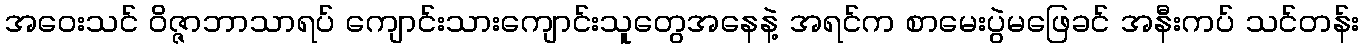
အဝေးသင် ဝိဇ္ဇာဘာသာရပ် ကျောင်းသားကျောင်းသူတွေအနေနဲ့ အရင်က စာမေးပွဲမဖြေခင် အနီးကပ် သင်တန်း